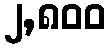
၂,၈၀၀